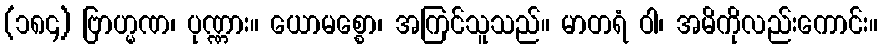
(၁၈၄) ဗြာဟ္မဏ၊ ပုဏ္ဏား။ ယောမစ္စော၊ အကြင်သူသည်။ မာတရံ ဝါ၊ အမိကိုလည်းကောင်း။